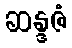
ဆန္ဒဇံ